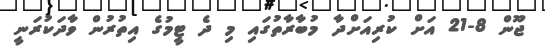
ޖޫން 8-21 އަށް ކުރިއަށްދާ މުބާރާތުގައި މި ދެ ޓީމުގެ އިތުރުން ވާދަކުރަނީ